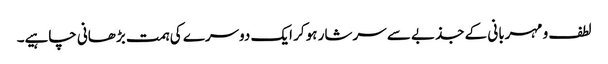
لطف و مہربانی کے جذبے سے سرشار ہو کر ایک دوسرے کی ہمت بڑھانی چاہیے۔